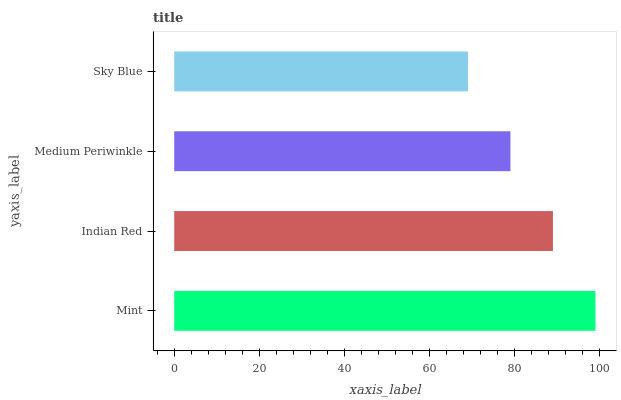
| yaxis_label | bars |
 | --- | --- |
 | Mint | 99 |
 | Indian Red | 89 |
 | Medium Periwinkle | 79 |
 | Sky Blue | 69 |